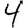
Digit: 4